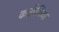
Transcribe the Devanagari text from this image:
कन्नौजिया